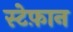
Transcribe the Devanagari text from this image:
स्टेफ़ान